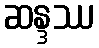
ဆန္ဒဿ